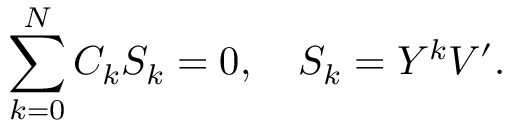
\sum _ { k = 0 } ^ { N } C _ { k } S _ { k } = 0 , \quad S _ { k } = { \cal Y } ^ { k } V ^ { \prime } .